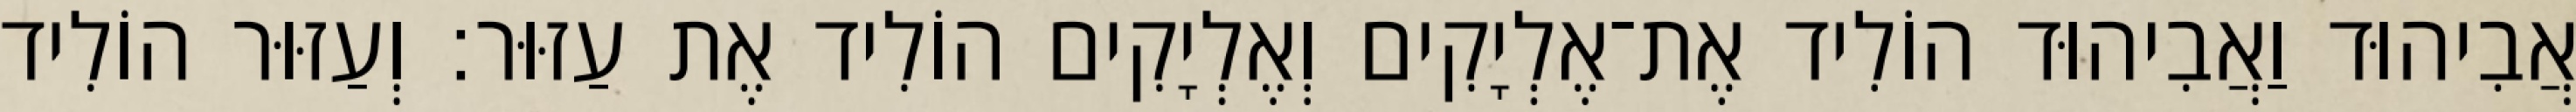
אֲבִיהוּד וַאֲבִיהוּד הוֹלִיד אֶת־אֶלְיָקִים וְאֶלְיָקִים הוֹלִיד אֶת עַזּוּר׃ וְעַזּוּר הוֹלִיד